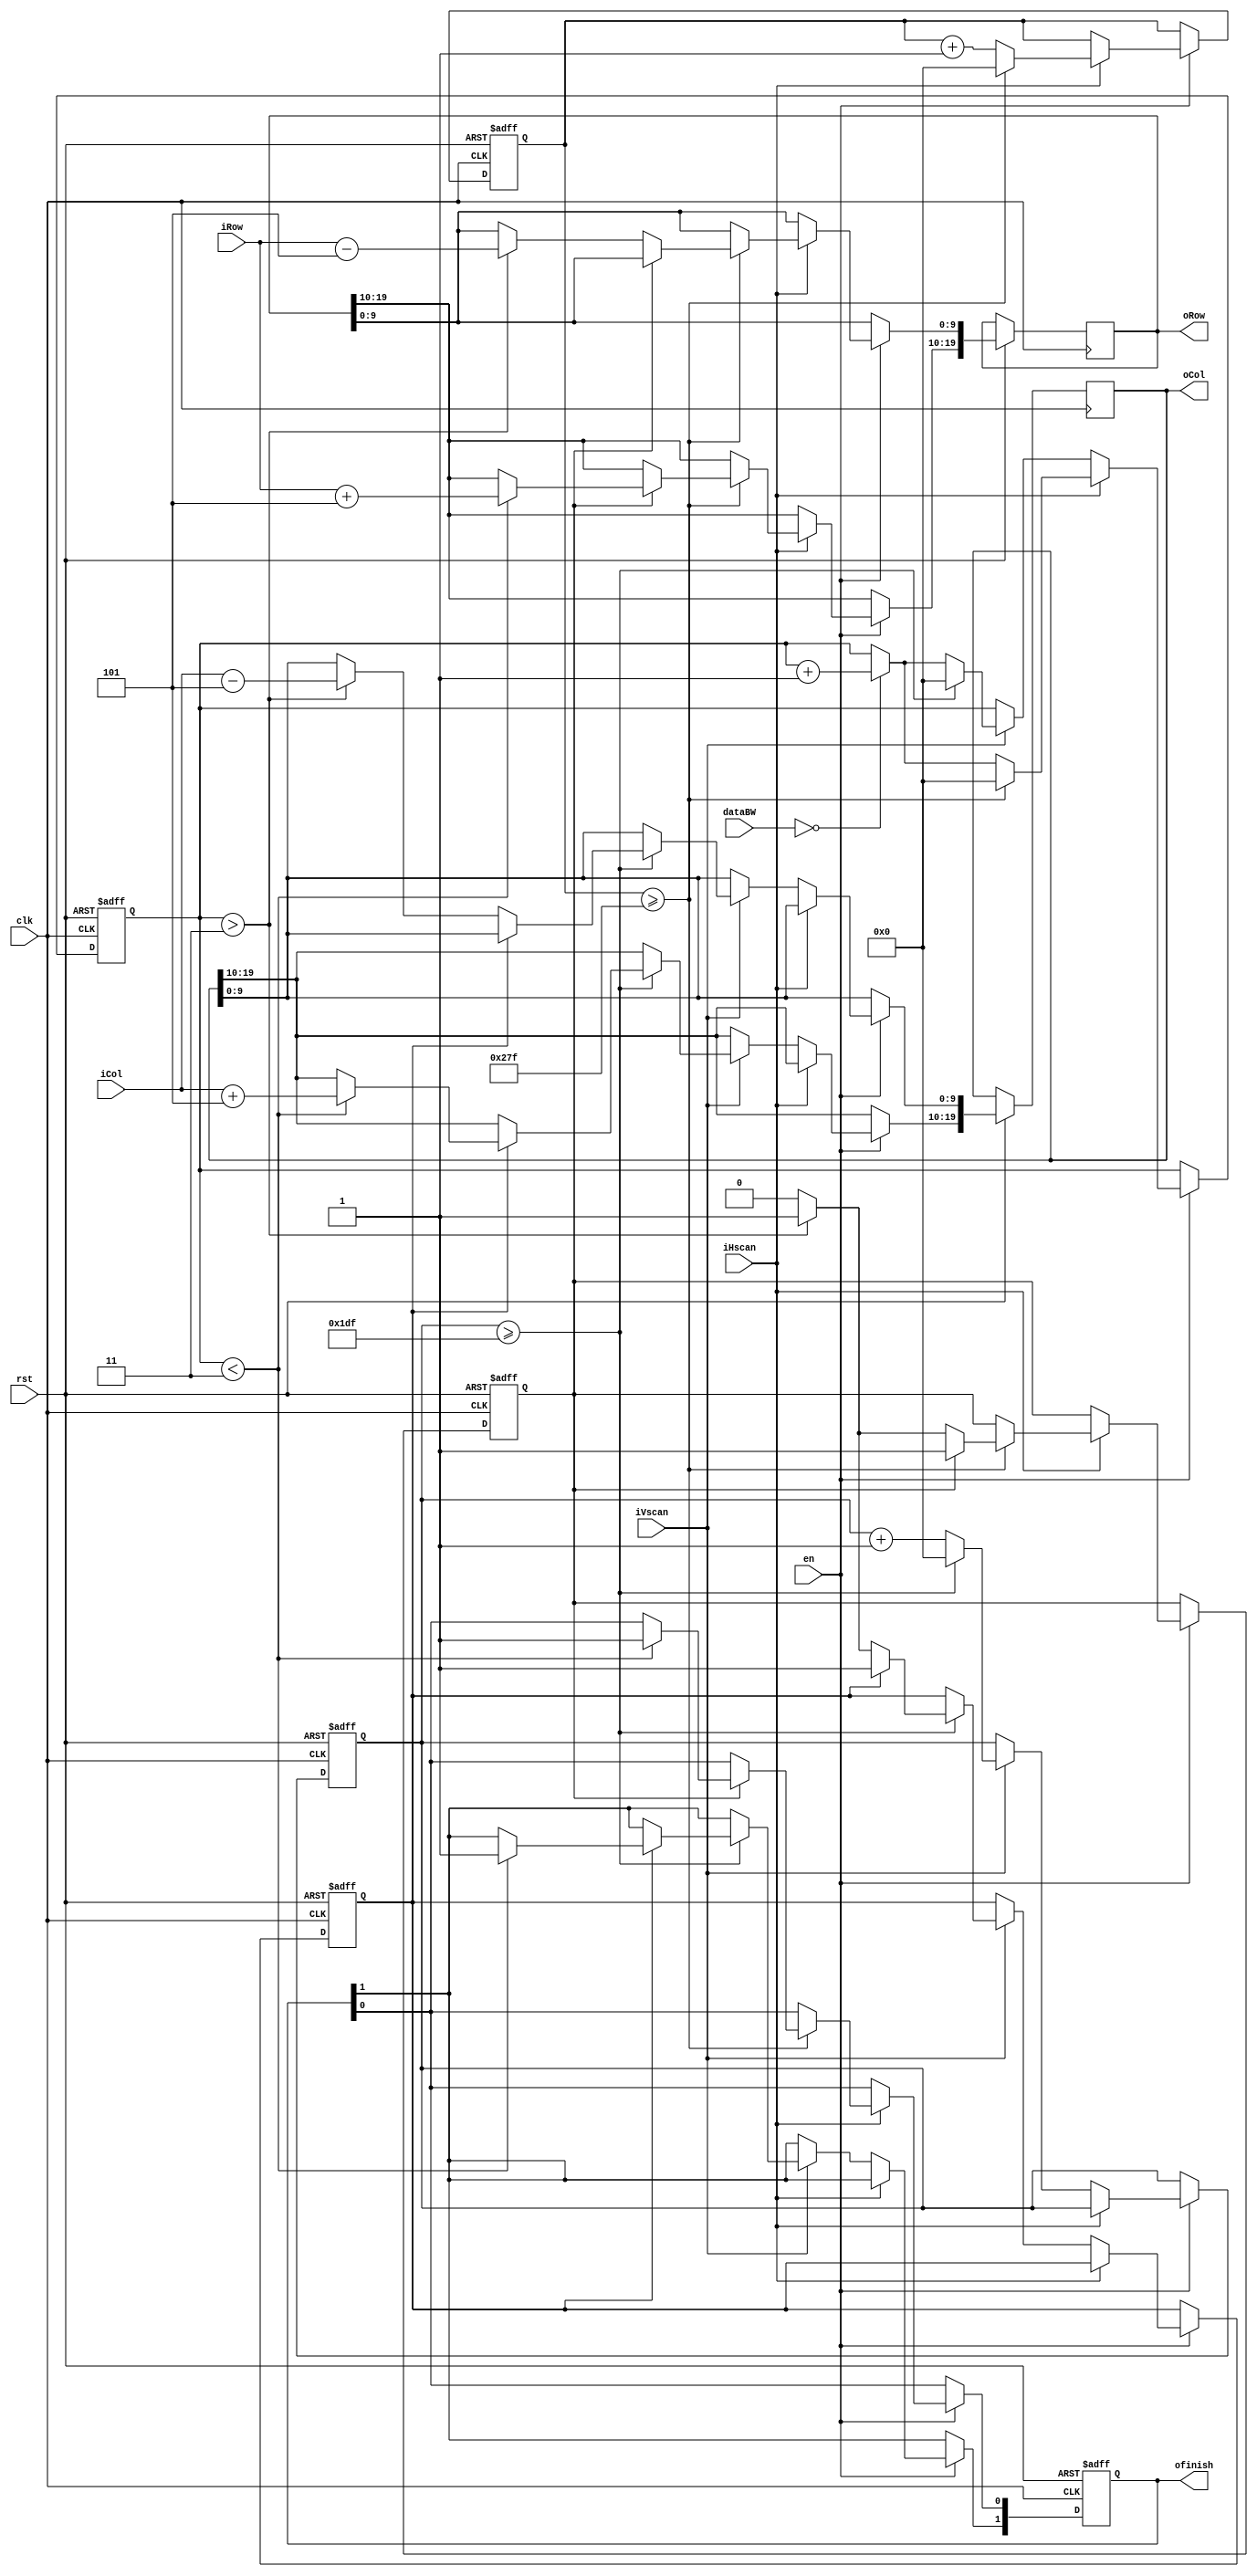
/*
author: xkw
time: 2018.5.29
*/
module edge_detection(
     clk,
	 rst,
	 en,
	 iRow,
	 iCol,
	 iHscan,
	 iVscan,
	 dataBW,
	 oRow,
	 oCol,
	 ofinish
);

input clk;//
input en;//
input rst;//
input iHscan, iVscan;//or
input [9:0]iRow, iCol;//
input [9:0]dataBW;//
output [19:0]oRow;//99
output [19:0]oCol;//99
output [1:0]ofinish;//

/*****************reg declaration***************************/
reg [19:0]oRow;
reg [19:0]oCol;
reg [1:0]ofinish;
reg [9:0]sum, hCount, vCount;
reg upEdge, leftEdge;//
/*****************wire declaration**************************/
wire [3:0]threshold;
wire [2:0]offset;

assign threshold = 4'd3;
assign offset = 3'd5;

//
always@(posedge clk, negedge rst)
begin
  if(!rst)
  begin
    hCount <= 10'b0;
	vCount <= 10'b0;
	sum <= 10'b0;
	upEdge <= 1'b0;
	leftEdge <= 1'b0;
	ofinish <= 2'b0;
  end
  else if (en)
    begin
	 
	 
      if(iHscan)//
	  begin
	  
	    hCount <= hCount + 1'b1;
		 
	    if(dataBW == 10'd0)
	    begin
	      sum <= sum + 1'b1;
	    end
		 
		if(hCount >= 10'd639)
			begin
				if(!upEdge)
					begin
						if(sum > threshold)
							begin
								oRow[9:0] <= (iRow - offset);
								upEdge <= 1'b1 ;
							end
					end
				else
					begin
						if(sum < threshold)
							begin
								oRow[19:10] <= (iRow + offset);
								ofinish[0] <= 1'b1 ;
							end
					end
				hCount <= 10'b0 ;
				sum <= 10'b0 ;
			end	
	  end
	  
	  
	  else if(iVscan)//
	  begin
	  
	    vCount <= vCount + 1'b1;
		 
	    if(dataBW == 10'd0)
	    begin
	      sum <= sum + 1'b1;
	    end


	  	if(vCount >= 10'd479)
			begin
				if(!leftEdge)
					begin
						if(sum > threshold)
							begin
								oCol[9:0] <= (iCol - offset);
								leftEdge <= 1'b1 ;
							end
					end
				else
					begin
						if(sum < threshold)
							begin
								oCol[19:10] <= (iCol + offset);
								ofinish[1] <= 1'b1 ;
							end
					end
				vCount <= 10'b0 ;
				sum <= 10'b0 ;
			end	 
    end
  end
end

endmodule







//	    if(!upEdge)//
//		begin
//		  if(hCount >= 10'd639)//
//		  begin
//		    if(sum > threshold)//
//			begin
//			  oRow[9:0] <= iRow;
//			  upEdge <= 1'b1;
//			end
//			hCount <= 10'b0;//
//			sum <= 10'b0;//
//		  end
//		end
//		
//		
//		 else if(upEdge)//
//		begin
//		  if(hCount >= 10'd639)//
//		  begin
//		    if(sum < threshold)//
//			begin
//			  oRow[19:10] <= iRow;
//			  ofinish[0] <= 1'b1;//
//			end
//			hCount <= 10'b0;//
//			sum <= 10'b0;
//		  end
//		end



//	    if(!leftEdge)//
//		begin
//		  if(vCount >= 10'd479)//
//		  begin
//		    if(sum > threshold)//
//			begin
//			  oCol[9:0] <= iCol;
//			  leftEdge <= 1'b1;
//			end
//			vCount <= 10'b0;//
//			sum <= 10'b0;//
//		  end
//		end
//		
//		
//		else if(leftEdge)//
//		begin
//		  if(vCount >= 10'd479)//
//		  begin
//		    if(sum < threshold)//
//			begin
//			  oCol[19:10] <= iCol;
//			  ofinish[1] <= 1'b1;//
//			end
//			vCount <= 10'b0;//
//			sum <= 10'b0;
//		  end
//		end
//	  end